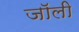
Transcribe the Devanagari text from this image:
जाॅली